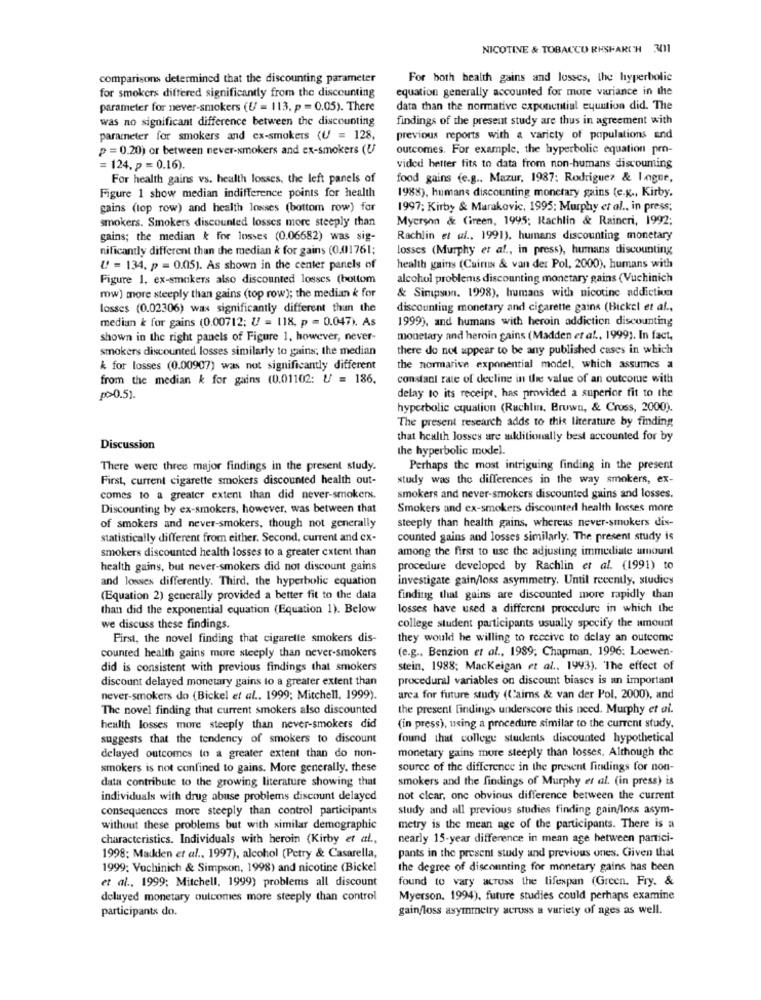
NICOTINE & TOBACCO RHSHARISH 301
comparisons determined that the discounting parameter
For both health gains and losses, the hyperbolic
equation generally accounted for more variance in the
for smokers differed significantly from the discounting
parameter for never-smokers (U = 113, p = 0.05). There
data than the normative exponential equation did. The
was no significant difference between the discounting
findings of the present study are thus in agreement with
parameter for smokers and ex-smokers (U = 128,
previous reports with a variety of populations and
p = 0.20) or between never-smokers and ex-smokers (U
outcomes. For example, the hyperbolic equation pro-
= 124, p = 0.16).
vided hetter fits to data from non-humans discouming
For health gains vs. health losses, the left panels of
food gains (e.g ., Mazur, 1987: Rodriguez & Logue,
1988), humans discounting monetary gains (e.g ., Kirby.
Figure 1 show median indifference points for health
gains (top row) and health losses (bottom row) for
1997; Kirby & Marakovic, 1995; Murphy et al ., in press;
smokers. Smokers discounted losses more steeply than
Myerson & Cireen, 1995; Rachlin & Raincri, 1992;
gains; the median k for losses (0.06682) was sig-
Rachlin et al ., 1991), humans discounting monetary
nificantly different than the median k for gains (0.01761;
losses (Murphy et al ., in press), humans discounting
U = 134. p = 0.05). As shown in the center panels of
health gains (Cairns & van der Pol, 2000), humans with
Figure 1, ex-smokers also discounted losses (bottom
alcohol problems discounting monetary gains (Vuchinich
row) more steeply than gains (top row); the median k for
& Simpson. 1998), humans with nicotine addiction
losses (0.02306) was significantly different than the
discounting monetary and cigarette gains (Bickel et af .,
median k for gains (0.00712; U = 118. p = 0.047). As
1999), and humans with heroin addiction discounting
shown in the right panels of Figure 1, however, never-
monetary and heroin gains (Madden et al ., 1999). In fact,
smokers discounted losses similarly to gains; the median
there do not appear to be any published cases in which
k for losses (0.00907) was not significantly different
the normarive exponential model, which assumes a
from the median k for gains (0.01102: U = 186.
constant rate of decline in the value of an outcome with
0.51.
delay to its receipt, has provided a superior fit to the
hyperbolic equation (Rachlin. Brown, & Cross, 2000).
The present research adds to this literature by finding
that health losses are aklitionally best accounted for by
Discussion
the hyperbolic model.
There were three major findings in the present study.
Perhaps the most intriguing finding in the present
First, current cigarette smokers discounted health out-
study was the differences in the way smokers, ex-
comes to a greater extent than did never-smokers.
smokers and never-smokers discounted gains and losses.
Discounting by ex-smokers, however, was between that
Smokers and ex-smokers discounted health Insses more
of smokers and never-smokers, though not generally
steeply than health gains, whereas never-smokers dis-
statistically different from either. Second, current and ex-
counted gains and losses similarly. The present study is
smokers discounted health losses to a greater extent than
among the first to use the adjusting immediate amount
health gains, but never-smokers did not discount gains
procedure developed by Rachlin et al. (1991) to
and losses differently. Third. the hyperbolic equation
investigate gain/loss asymmetry. Until recently, studies
(Equation 2) generally provided a better fit to the data
finding that gains are discounted more rapidly than
than did the exponential equation (Equation 1). Below
losses have used a different procedure in which the
we discuss these findings.
college student participants usually specify the amount
First, the novel finding that cigarette smokers dis-
they would he willing to receive to delay an outcome
counted health gains more steeply than never-smokers
(e.g .. Benzion et al ., 1989; Chapman, 1996: Loewen-
did is consistent with previous findings that smokers
stein, 1988; Mackeigan et al .. 1993). The effect of
discount delayed monetary gains to a greater extent than
procedural variables on discount biases is an important
never-smokers do (Bickel et al .. 1999; Mitchell, 1999).
area for future study (Caims & van der Pol, 2000), and
The novel finding that current smokers also discounted
the present findings underscore this need. Murphy et al.
health losses more steeply than never-smokers did
(in press), using a procedure similar to the current study,
suggests that the tendency of smokers to discount
found that college students discounted hypothetical
monetary gains more steeply than losses. Although the
delayed outcomes to a greater extent than do non-
smokers is not confined to gains. More generally, these
source of the difference in the present filings for non-
data contribute to the growing literature showing that
smokers and the findings of Murphy et al. (in press) is
individuals with drug abuse problems discount delayed
not clear, one obvious difference between the current
consequences more steeply than control participants
study and all previous studies finding gain/loss asym-
without these problems but with similar demographic
metry is the mean age of the participants. There is a
characteristics. Individuals with heroin (Kirby et al .,
nearly 15-year difference in mean age hetween partici-
1998; Maikden et al ., 1997), alcohol (Petry & Casarella,
pants in the present study and previous ones. Given that
1999; Vochinich & Simpson, 1998) and nicotine (Bickel
the degree of discounting for monetary gains has been
found to vary across the lifespan (Green. Fry. &
et al ., 1999; Mitchell, 1999) problems all discount
delayed monetary outcomes more steeply than control
Myerson. 1994), future studies could perhaps examine
participants do.
gain/loss asymmetry acruss a variety of ages as well.